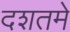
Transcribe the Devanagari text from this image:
दशतमे